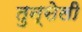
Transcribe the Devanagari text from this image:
तुन्सेली